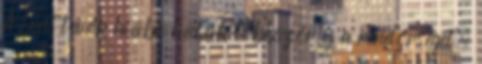
A bent lévők hiába hívták többször is a rendőrséget,